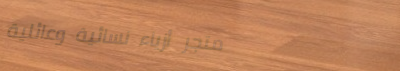
متجر أزياء نسائية وعائلية